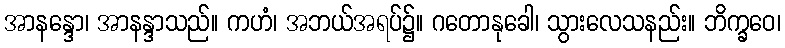
အာနန္ဒော၊ အာနန္ဒာသည်။ ကဟံ၊ အဘယ်အရပ်၌။ ဂတောနုခေါ၊ သွားလေသနည်း။ ဘိက္ခဝေ၊